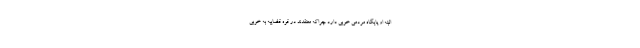
البته او پایگاه مردمی خوبی دارد چراکه معتقدند در قوه قضاییه به خوبی